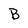
Character: B